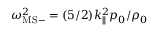
\omega _ { \mathrm { M S } - } ^ { 2 } = ( 5 / 2 ) k _ { \| } ^ { 2 } p _ { 0 } / \rho _ { 0 }